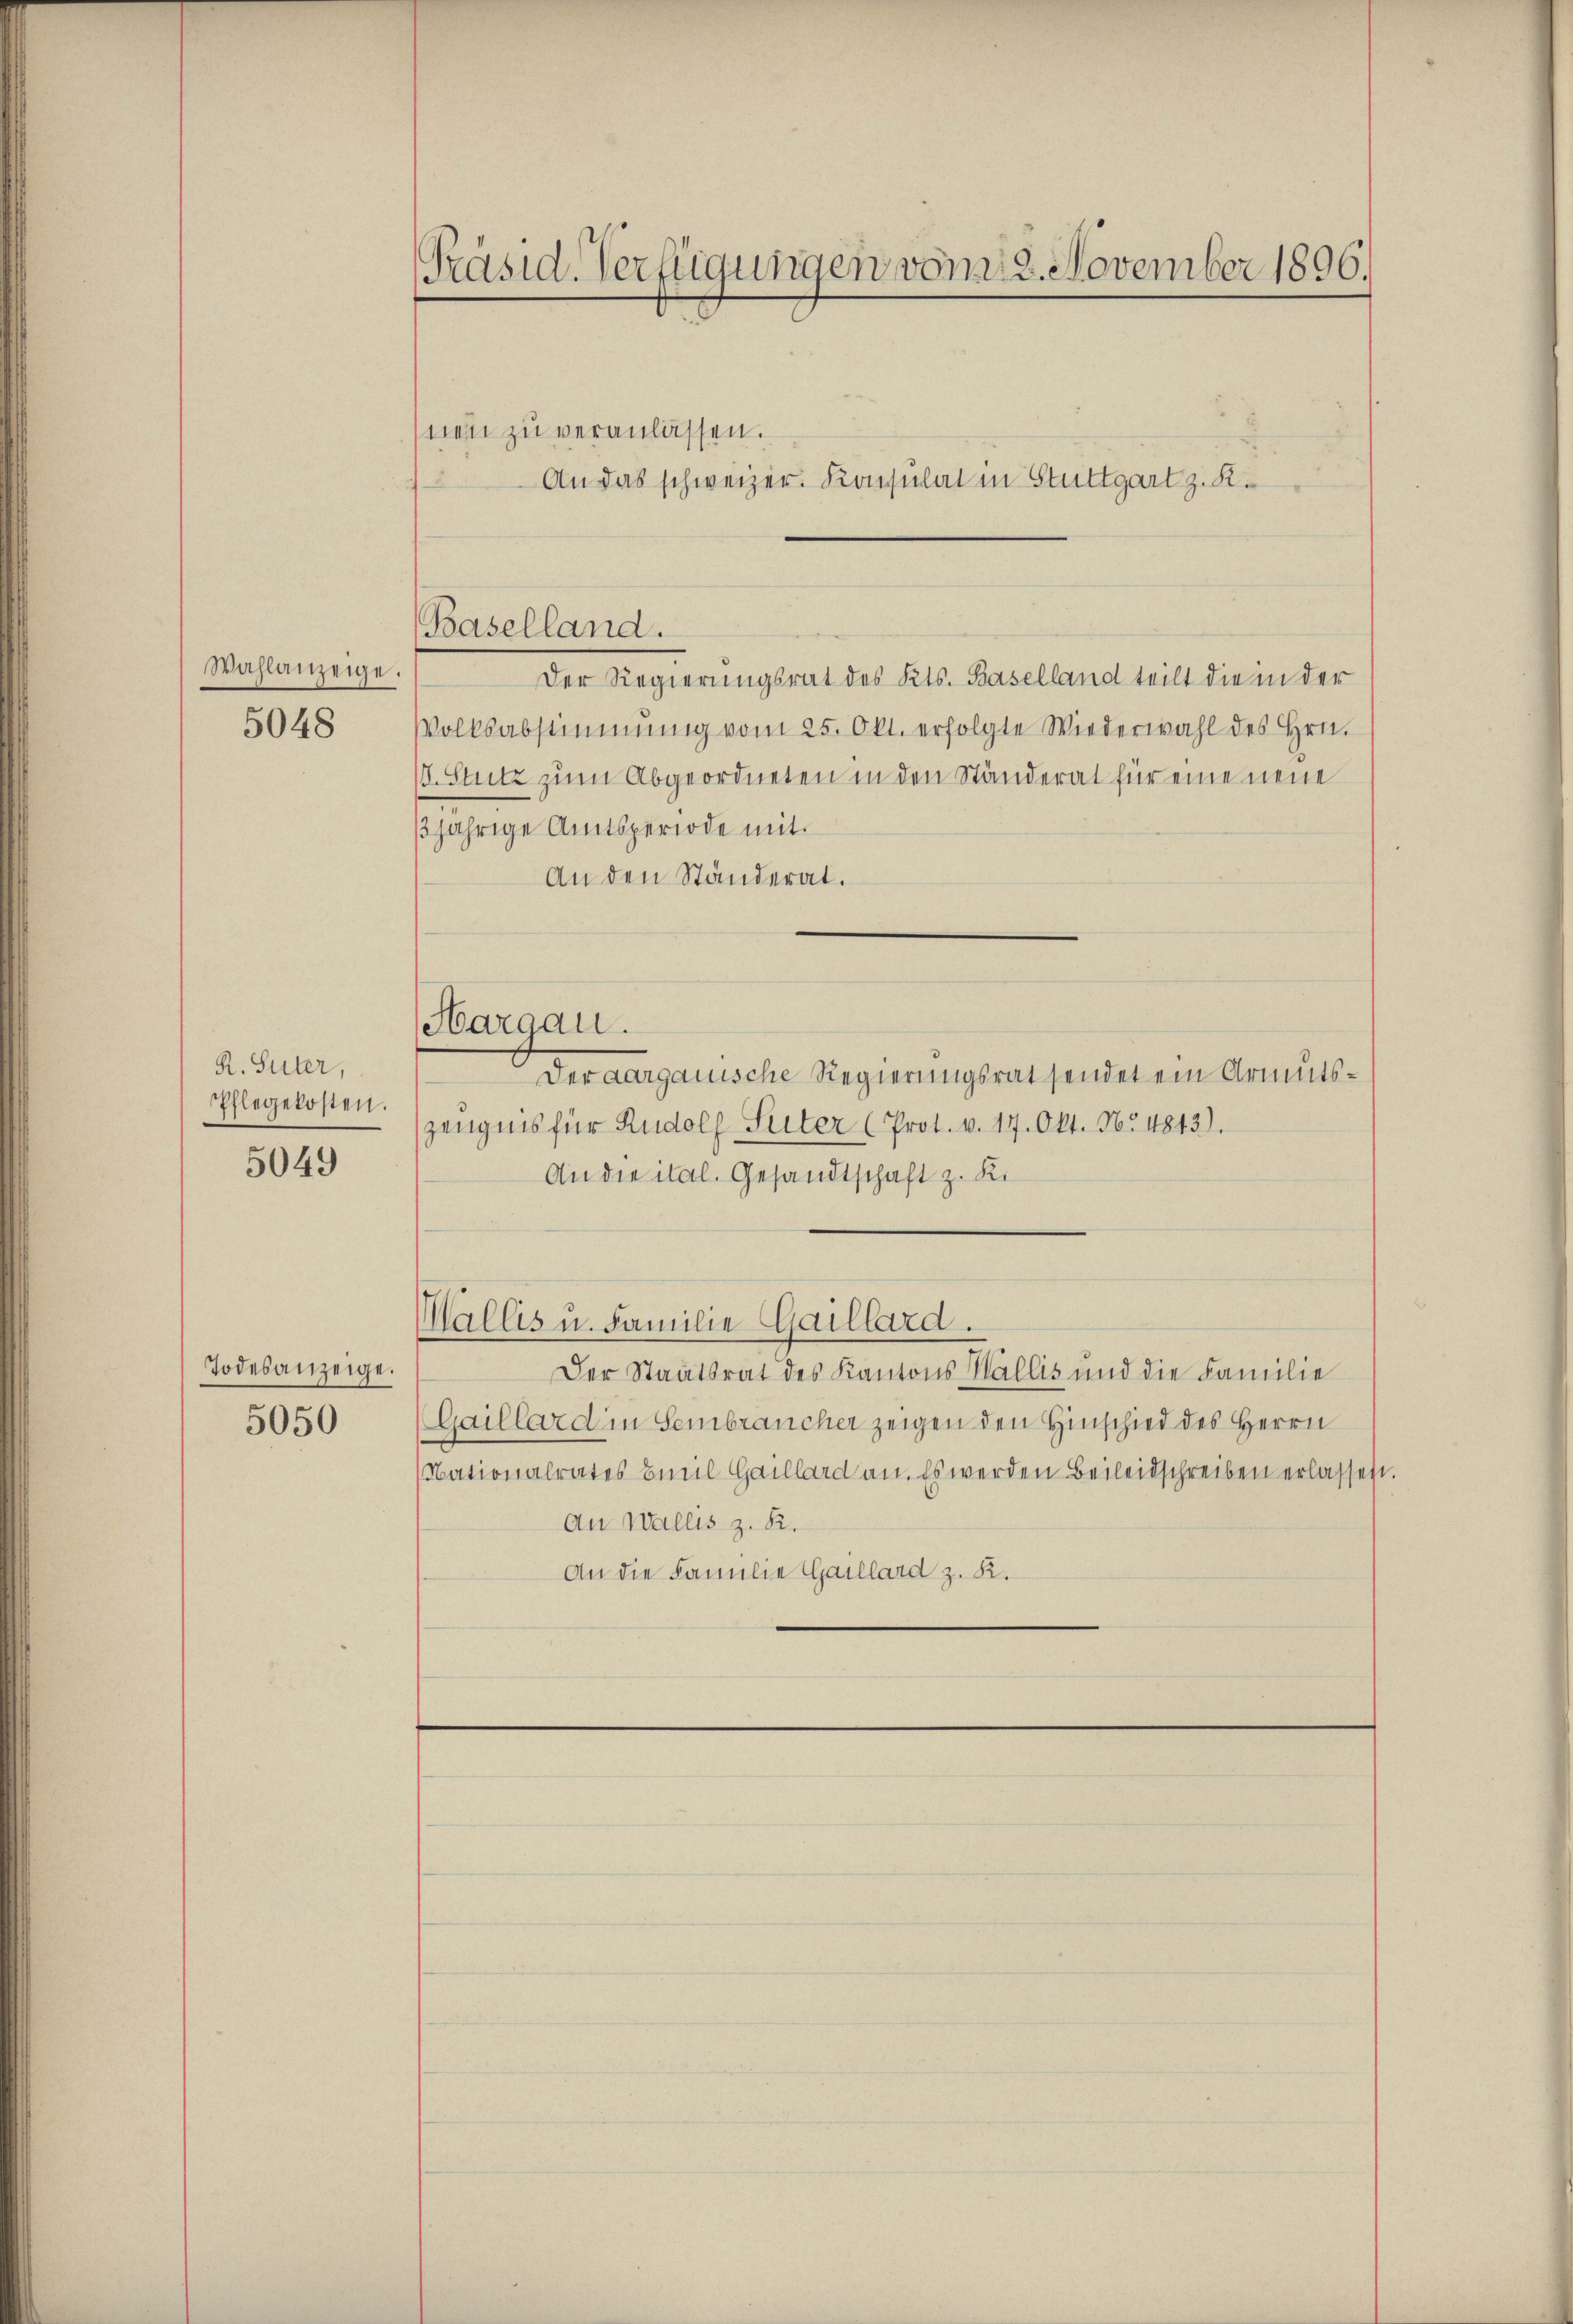
Wahlanzeige.
5048

R. Suter,
Pflegekosten.

5049

Todesanzeige.
5050

Präsid. Verfügungen vom 22. November 1896.

nen zu veranlassen.

Baselland.

Hargau.

Der Regierungsrat des Kts. Baselland teilt die in der
Volksabstimmung vom 25. Okt. erfolgte Wiederwahl des Hrn.
. Stutz zum Abgeordneten in den Ständerat für eine neue
3jährige Amtsperiode mit
An den Ständerat.
Der aargauische Regierungsrat sendet ein Armuts¬
Zeugnis für Rudolf Seiter (Prot. v. 17. Okt. No 4843).
An die ital. Gesandtschaft z. R.
Wallis u. Familie Gaillard.
Der Staatsrat des Kantons Wallis und die Familie
Gaillard in Sembrancher zeigen den Hinschied des Herrn
ationalrates Emil Gaillard an. Es werden Beileidschreiben erlassen
An Wallis z. R.
An die Familie Gaillard z. K.

An das schweizer. Konsulat in Stuttgart z. K.